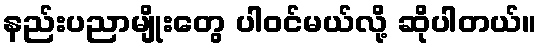
နည်းပညာမျိုးတွေ ပါဝင်မယ်လို့ ဆိုပါတယ်။